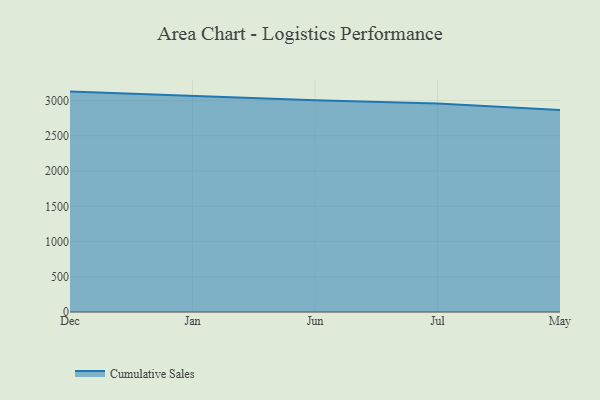
{"axis": {"x": "Month", "y": "Temperature (°C)"}, "legend": ["Cumulative Sales"], "data": [{"x": "Dec", "y": 3128.5, "type": "Cumulative Sales"}, {"x": "Jan", "y": 3062.1, "type": "Cumulative Sales"}, {"x": "Jun", "y": 3005.4, "type": "Cumulative Sales"}, {"x": "Jul", "y": 2960.0, "type": "Cumulative Sales"}, {"x": "May", "y": 2867.6, "type": "Cumulative Sales"}]}